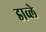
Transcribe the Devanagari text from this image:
डाव्ले